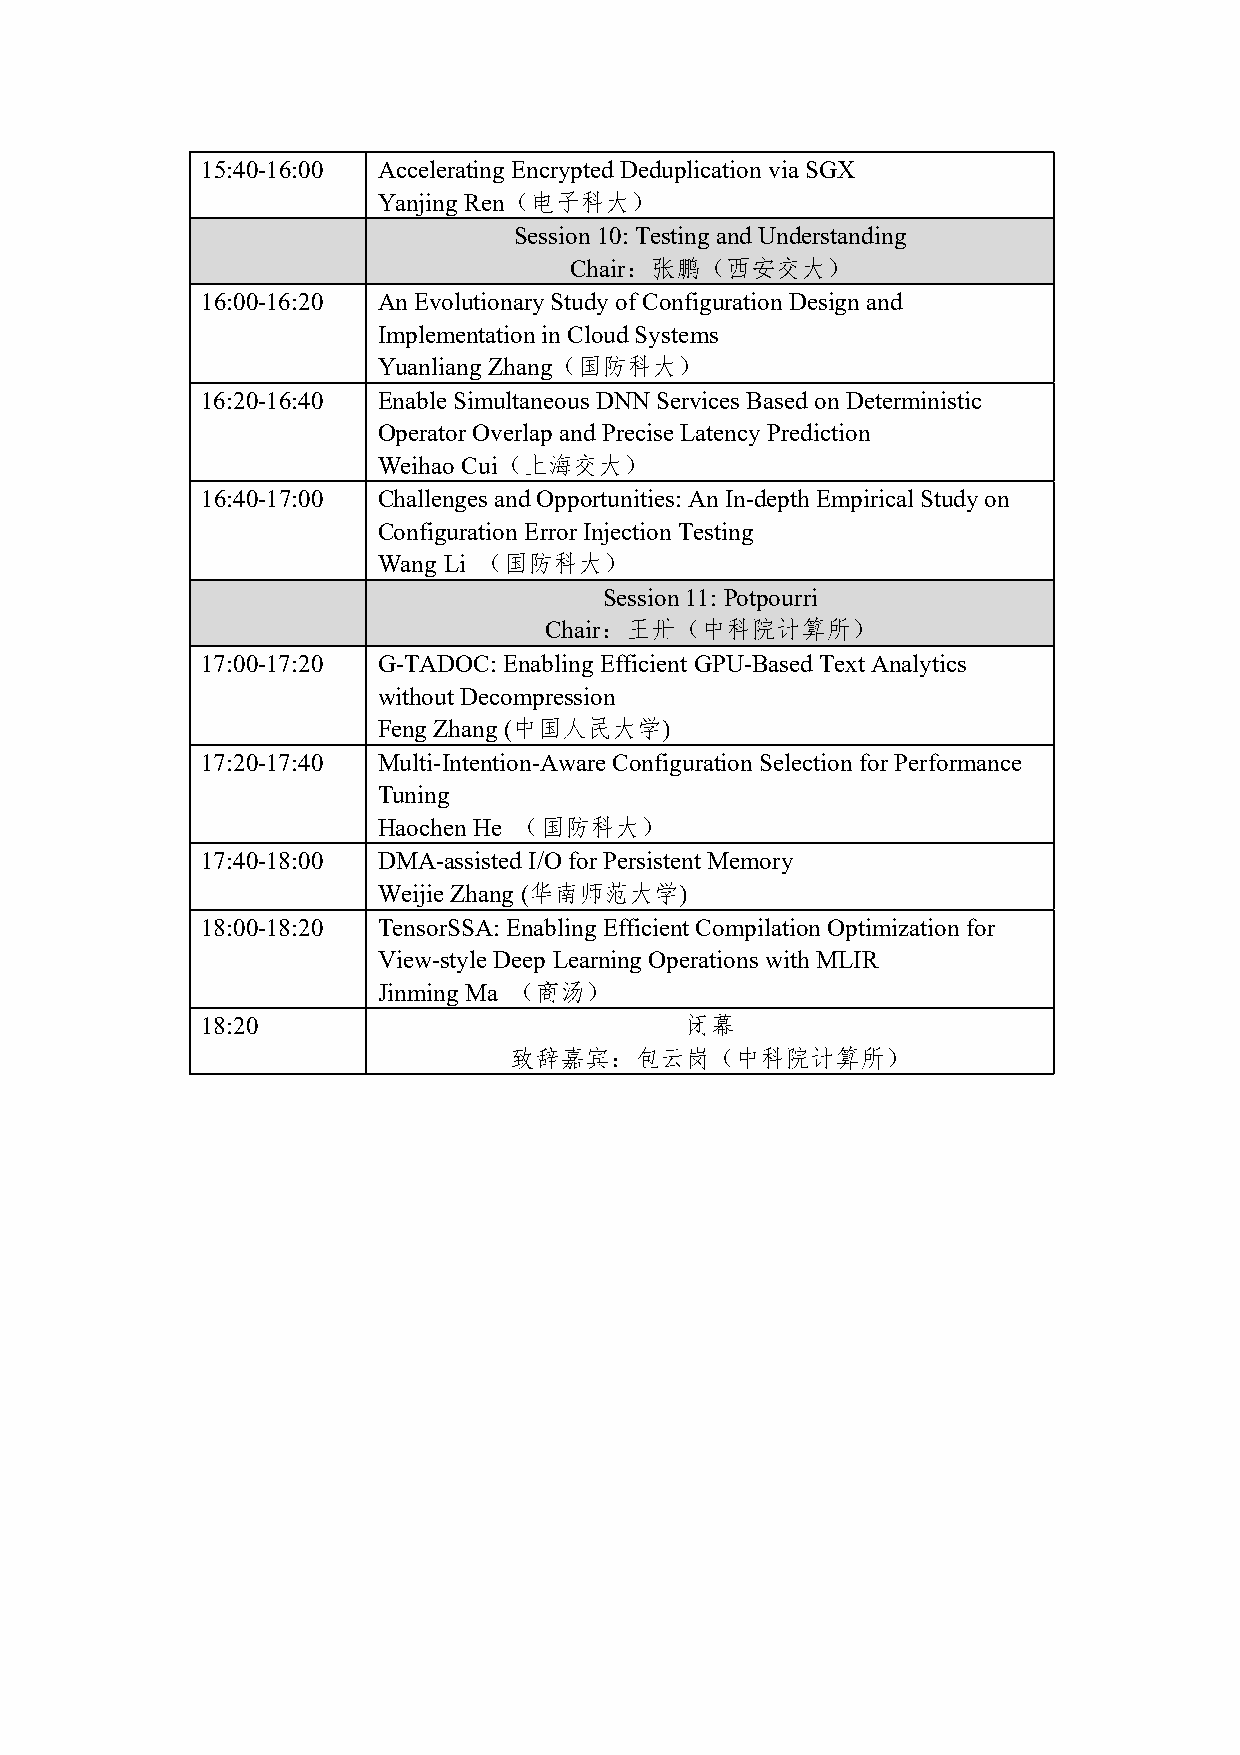
15:40-16:00 Accelerating Encrypted Deduplication via SGX
 Yanjing Ren（电子科大）
 Session 10: Testing and Understanding
 Chair：张鹏（西安交大）
 16:00-16:20 An Evolutionary Study of Configuration Design and
 Implementation in Cloud Systems
 Yuanliang Zhang（国防科大）
 16:20-16:40 Enable Simultaneous DNN Services Based on Deterministic
 Operator Overlap and Precise Latency Prediction
 Weihao Cui（上海交大）
 16:40-17:00 Challenges and Opportunities: An In-depth Empirical Study on
 Configuration Error Injection Testing
 Wang Li （国防科大）
 Session 11: Potpourri
 Chair：王卅（中科院计算所）
 17:00-17:20 G-TADOC: Enabling Efficient GPU-Based Text Analytics
 without Decompression
 Feng Zhang (中国人民大学)
 17:20-17:40 Multi-Intention-Aware Configuration Selection for Performance
 Tuning
 Haochen He （国防科大）
 17:40-18:00 DMA-assisted I/O for Persistent Memory
 Weijie Zhang (华南师范大学)
 18:00-18:20 TensorSSA: Enabling Efficient Compilation Optimization for
 View-style Deep Learning Operations with MLIR
 Jinming Ma （商汤）
 18:20                           闭幕
 致辞嘉宾：包云岗（中科院计算所）